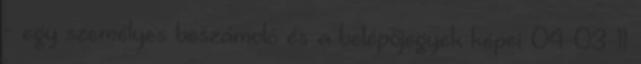
- egy személyes beszámoló és a belépőjegyek képei 04-03-11